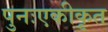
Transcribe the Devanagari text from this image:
पुनःएकीकृत